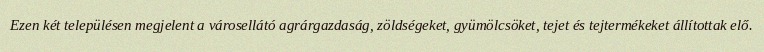
Ezen két településen megjelent a városellátó agrárgazdaság, zöldségeket, gyümölcsöket, tejet és tejtermékeket állítottak elő.